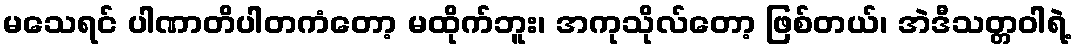
မသေရင် ပါဏာတိပါတကံတော့ မထိုက်ဘူး၊ အကုသိုလ်တော့ ဖြစ်တယ်၊ အဲဒီသတ္တဝါရဲ့